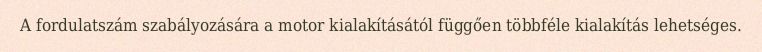
A fordulatszám szabályozására a motor kialakításától függően többféle kialakítás lehetséges.